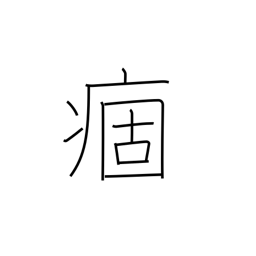
Meaning: chronic illness